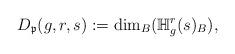
LaTeX: \begin{align*}D_{\mathfrak p}(g,r,s):=\dim_B(\mathbb H^r_g(s)_B),\end{align*}